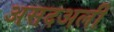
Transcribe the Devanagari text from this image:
असदअली